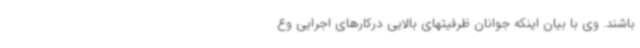
باشند. وی با بیان اینکه جوانان ظرفیتهای بالایی درکارهای اجرایی وع